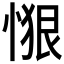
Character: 𱞴